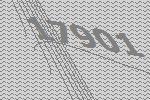
17901